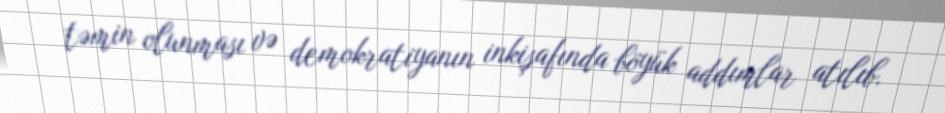
təmin olunması və demokratiyanın inkişafında böyük addımlar atılıb.